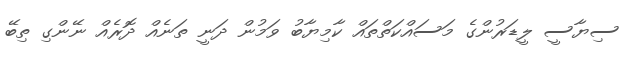
ސިޔާސީ ލީޑަރުންގެ މަސައްކަތްތައް ކާމިޔާބު ވަމުން ދަނީ ތަނެއް ދޮރެއް ނޭންގި ތިބޭ